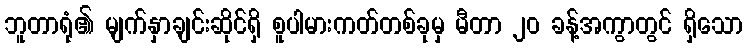
ဘူတာရုံ၏ မျက်နှာချင်းဆိုင်ရှိ စူပါမားကတ်တစ်ခုမှ မီတာ ၂၀ ခန့်အကွာတွင် ရှိသော